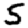
Digit: 5